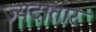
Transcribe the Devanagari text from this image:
ज्यदातार